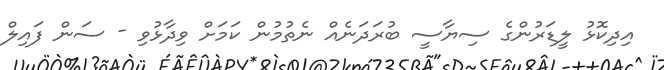
އިދިކޮޅު ލީޑަރުންގެ ސިޔާސީ ބުރަދަނެއް ނެތުމުން ކަމަށް ވިދާޅުވި - ސަން ފައިލް